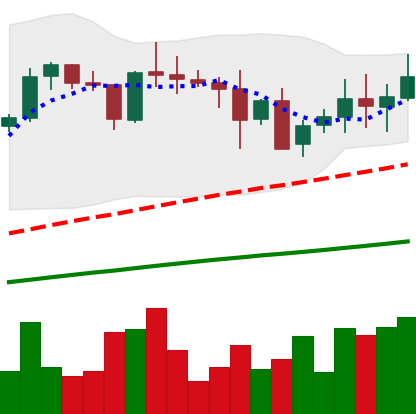
Ticker: XRP-USD
Chart end date: 2021-05-18
Forward return: -49.896%
Label: down_7plus